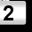
Digit: 2